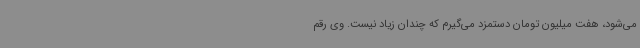
می‌شود، هفت میلیون تومان دستمزد می‌گیرم که چندان زیاد نیست. وی رقم